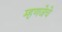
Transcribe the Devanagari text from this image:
म्हणजेचे